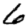
Digit: 6